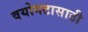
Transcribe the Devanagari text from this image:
वयोगटासाठी